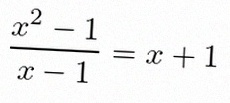
\frac{x^2-1}{x-1}=x+1